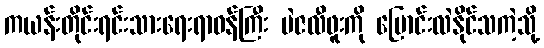
ကယန်းတိုင်းရင်းသားရေးရာဝန်ကြီး မဲဇလီဖူးကို ပြောင်းလဲနိုင်သကဲ့သို့